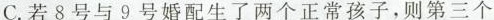
C.若8号与9号婚配生了两个正常孩子，则第三个